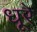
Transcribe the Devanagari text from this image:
धूरे